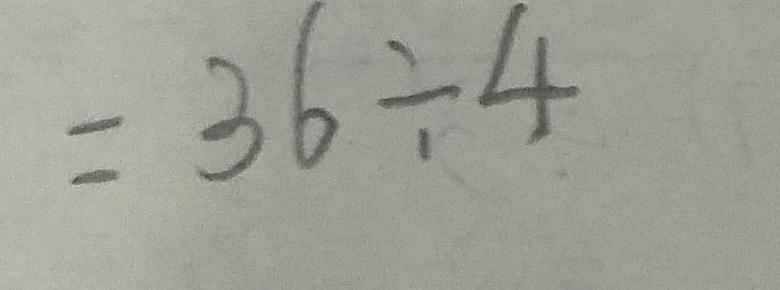
= 3 6 \div 4